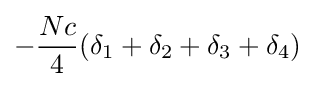
-{\frac {Nc}{4}}(\delta _{1}+\delta _{2}+\delta _{3}+\delta _{4})